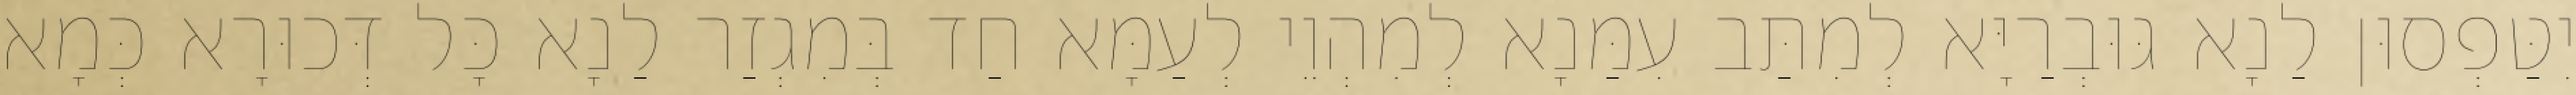
יִטַּפְסוּן לַנָא גּוּבְרַיָּא לְמִתַּב עִמַּנָא לְמִהְוֵי לְעַמָּא חַד בְּמִגְזַר לַנָא כָּל דְּכוּרָא כְּמָא